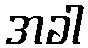
အခါ